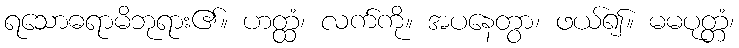
ရသောဓရာမိဘုရား၏။ ဟတ္ထံ၊ လက်ကို။ အပနေတွာ၊ ဖယ်၍။ မမပုတ္တံ၊